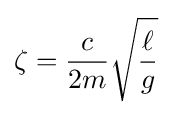
\zeta ={\frac {c}{2m}}{\sqrt {\frac {\ell }{g}}}